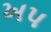
ખપ